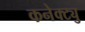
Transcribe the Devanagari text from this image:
कनेक्ट्यु